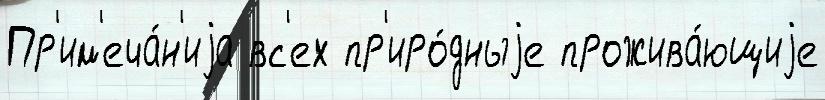
Пр'им'еча́н'иjа вс'ех пр'иро́дныjе прожива́ющиjе